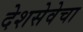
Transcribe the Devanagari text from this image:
देशसेवेचा